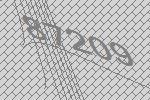
87209